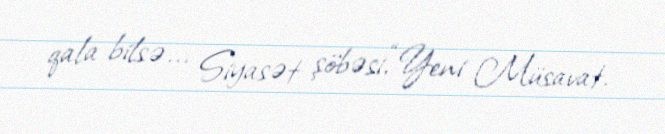
qala bilsə... Siyasət şöbəsi,“Yeni Müsavat.